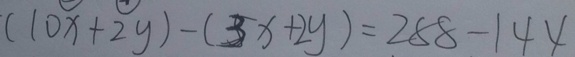
( 1 0 x + 2 y ) - ( 3 x + 2 y ) = 2 8 8 - 1 4 4